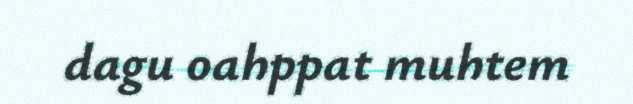
dagu oahppat muhtem